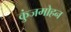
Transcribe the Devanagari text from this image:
कुंजमोहन